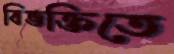
বিভক্তিতে